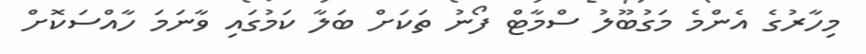
މިހާރުގެ އެންމެ މަގުބޫލު ސްމާޓް ފޯނު ތަކަށް ބަލާ ކަމުގައި ވާނަމަ ހާއްސަކޮށް